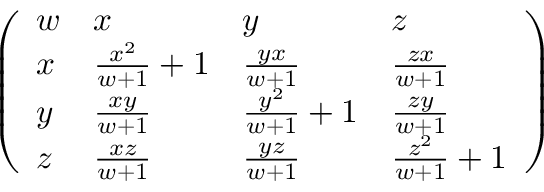
{ \left( \begin{array} { l l l l } { w } & { x } & { y } & { z } \\ { x } & { { \frac { x ^ { 2 } } { w + 1 } } + 1 } & { { \frac { y x } { w + 1 } } } & { { \frac { z x } { w + 1 } } } \\ { y } & { { \frac { x y } { w + 1 } } } & { { \frac { y ^ { 2 } } { w + 1 } } + 1 } & { { \frac { z y } { w + 1 } } } \\ { z } & { { \frac { x z } { w + 1 } } } & { { \frac { y z } { w + 1 } } } & { { \frac { z ^ { 2 } } { w + 1 } } + 1 } \end{array} \right) }